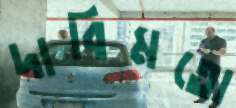
দাবিমতো